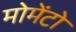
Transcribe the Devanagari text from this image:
मोमेंटो